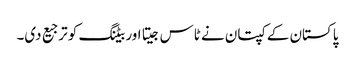
پاکستان کے کپتان نے ٹاس جیتا اور بیٹنگ کو ترجیع دی۔